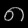
Digit: ၈